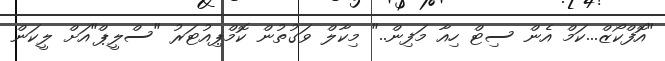
"އޮފްކޯޒް...ކަމް އެން ސިޓް ހިއާ މަފިން.." މިކާލް ވަގުތުން ކޮމްޕިއުޓަރު "ސްލީޕް"އަށް ލީކަން